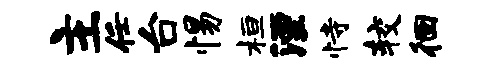
主任台惕桓湮恃较徊